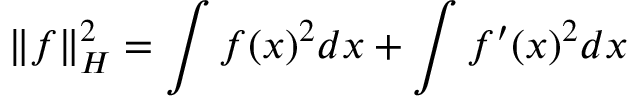
\| f \| _ { H } ^ { 2 } = \int f ( x ) ^ { 2 } d x + \int f ^ { \prime } ( x ) ^ { 2 } d x